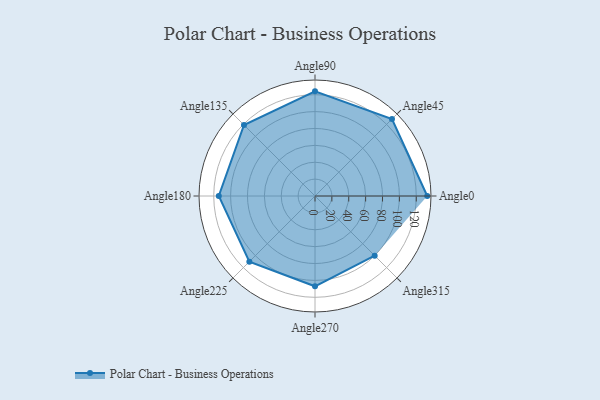
{"axis": {"x": "Angle", "y": "Radius"}, "legend": [""], "data": [{"x": "Angle0", "y": 133.0, "type": ""}, {"x": "Angle45", "y": 129.0, "type": ""}, {"x": "Angle90", "y": 124.0, "type": ""}, {"x": "Angle135", "y": 119.0, "type": ""}, {"x": "Angle180", "y": 114.0, "type": ""}, {"x": "Angle225", "y": 110.0, "type": ""}, {"x": "Angle270", "y": 107.0, "type": ""}, {"x": "Angle315", "y": 100.0, "type": ""}]}